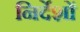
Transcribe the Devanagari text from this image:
निर्देंशों